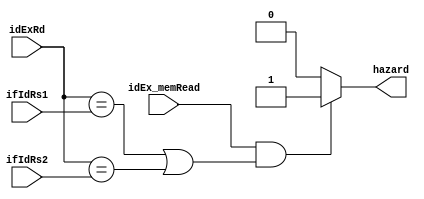
module hazardDetect (
  input wire [4:0] ifIdRs1, ifIdRs2,
  input wire [4:0] idExRd,
  input idEx_memRead,

  output hazard
);

assign hazard = (((idEx_memRead == 1) && ((idExRd == ifIdRs1) || (idExRd == ifIdRs2)))? 1 : 0);

endmodule